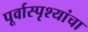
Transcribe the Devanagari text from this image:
पूर्वास्पृश्यांचा